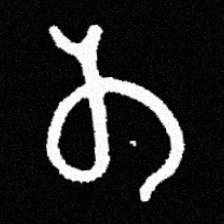
Pyu character \u2014 Myanmar letter: တ (romanized: ta)